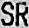
SR